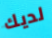
لديك